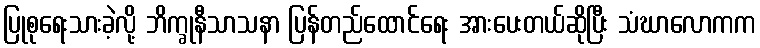
ပြုစုရေးသားခဲ့လို့ ဘိက္ခုနီသာသနာ ပြန်တည်ထောင်ရေး အားပေးတယ်ဆိုပြီး သံဃာလောကက